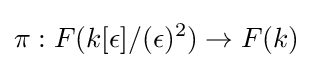
\pi :F(k[\epsilon ]/(\epsilon )^{2})\to F(k)